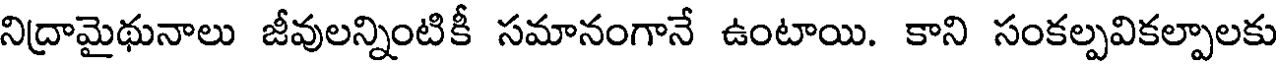
నిద్రామైథునాలు జీవులన్నింటికీ సమానంగానే ఉంటాయి. కాని సంకల్పవికల్పాలకు